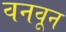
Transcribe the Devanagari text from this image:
वनवून